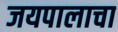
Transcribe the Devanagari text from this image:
जयपालाचा